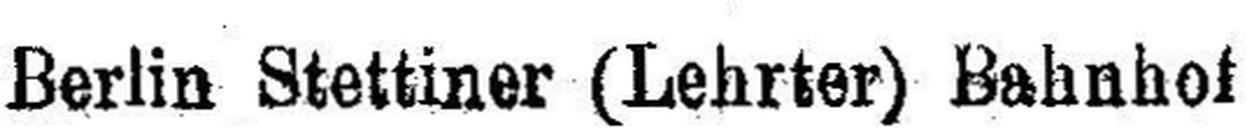
Berlin Stettiner (Lehrter) Bahnhof